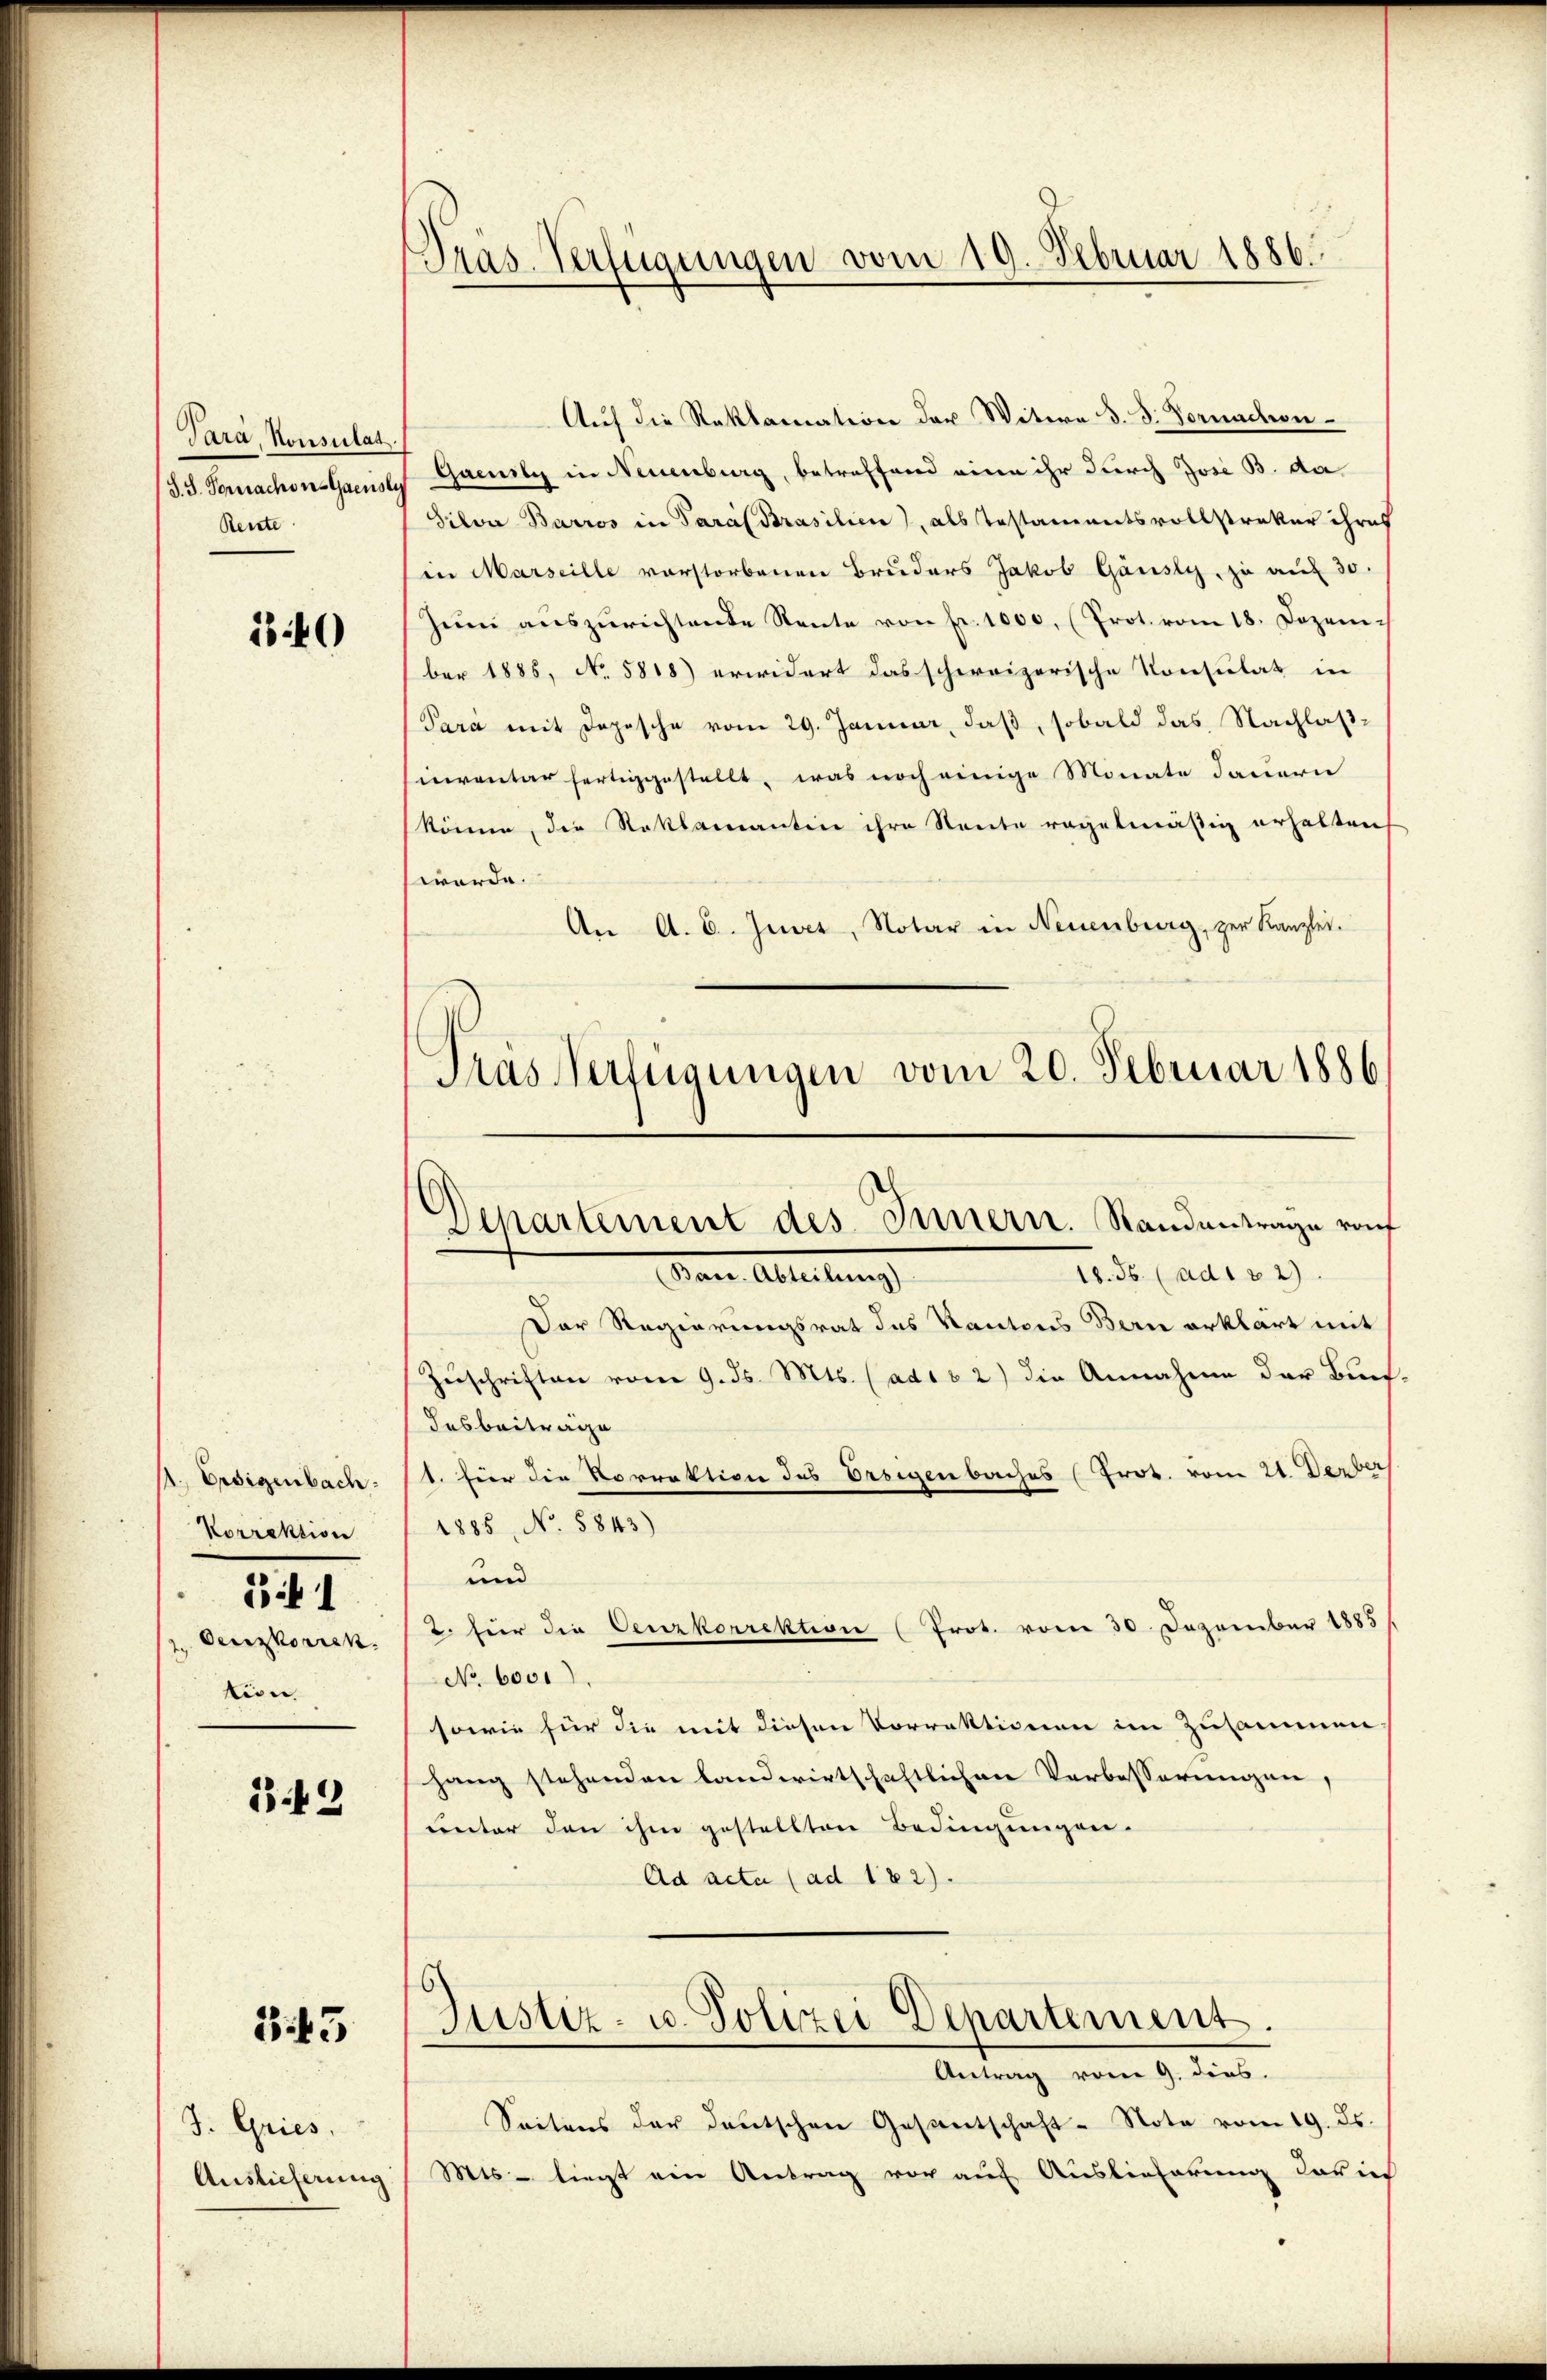
Para, Konsulat
S.S. Fornachse-Gaeusey
Rente

140

1., Ersigenbach.
Korrektion
z. Deczkorrek
tion

i 1

143

343

J. Gries,
Auslieferung

Präs. Verfügungen vom 19. Februar 1886.

Auf die Reklamation der Weitern d. 3. Vornachron
Gaeuily in Neuenburg, betreffend eine ihr durch Jose B. da
Silva Barros in Paral Brasilien), als Testamentsvollstraker ihres
in Marseille vorstorbenen Bruders Jakob Gänsly, zu auf 30.
Zŭm aŭszŭrichtende Rente von fr. 1000, (Prot. vom 18. Dezem-
ber 1885, No. 5818) erwidert das schweizerische Konsulat in
Para mit Depesche vom 29. Januar, daß, sobald das Nachlaßsinventar fertiggestellt, was noch einige Monate dauern
könne, die Reklamantin ihre Neute regelmäßig erhalten,
werde.
An A. E. Junet, Notar in Neuenburg, per Kanzlei.
Meine Abteilung
18.8. (ad1 32)
Der Regierungsrat des Kantons Bern erklärt mit
Zuschriften vom 9. ds. Mts. (adio 2) die Annahme der Buch.
desbeiträge
1. hier die Vorrektion des Ersigenbaches (Prot. vom 21. Derber
1885, No. 5843)
und
2. für die Cenzkorrektion (Prot. vom 30. Dezember 1885
No 6001)
sowie für die mit diesen Vorrektionen im Zusammen
hang stehenden landwirtschaftlichen Verbesserungen,
unter den ihm gestellten Bedingungen.
Ad acta (ad 182).
Justiz- u. Polizei Departement.
Antrag vom 9. dies.
Seitens der deutschen Gesantschaft-Note vom 19. ds.
Mts - liegt ein Antrag vor auf Auslieferung das in

Pras Verfügungen vom 20. Februar 1886

Departement des Innern. Standentrage rauf